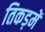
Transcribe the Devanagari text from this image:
तिकड़में